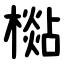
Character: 檆